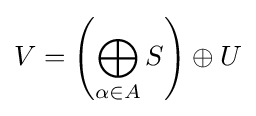
V=\left(\bigoplus _{\alpha \in A}S\right)\oplus U